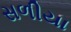
સળીયા